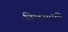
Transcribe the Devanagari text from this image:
तिलस्माती